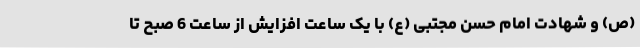
(ص) و شهادت امام حسن مجتبی (ع) با یک ساعت افزایش از ساعت 6 صبح تا